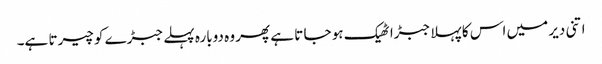
اتنی دیر میں اس کا پہلا جبڑا ٹھیک ہو جا تا ہے پھر وہ دوبارہ پہلے جبڑے کو چیرتا ہے۔